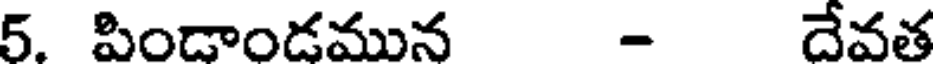
5. పిండాండమున - దేవత